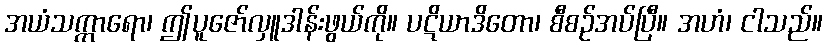
အယံသက္ကာရော၊ ဤပူဇော်လှူဒါန်းဖွယ်ကို။ ပဋိယာဒိတော၊ စီစဉ်အပ်ပြီ။ အဟံ၊ ငါသည်။